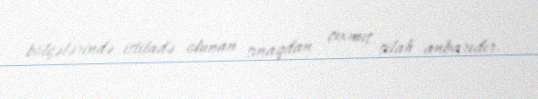
bölgələrində istifadə olunan sınaqdan çıxmış silah anbarıdır.